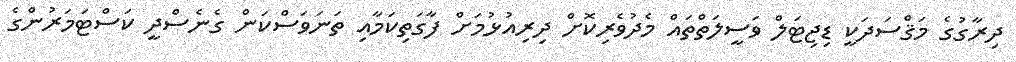
ދިރާގުގެ މަޤްސަދަކީ ޑިޖިޓަލް ވަސީލަތްތައް މެދުވެރިކޮށް ދިރިއުޅުމަށް ފާގަތިކަމާއި ތަނަވަސްކަން ގެނެސްދީ ކަސްޓަމަރުންގެ